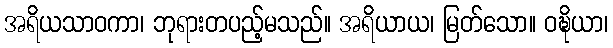
အရိယသာဝကာ၊ ဘုရားတပည့်မသည်။ အရိယာယ၊ မြတ်သော။ ဝဍ္ဎိယာ၊